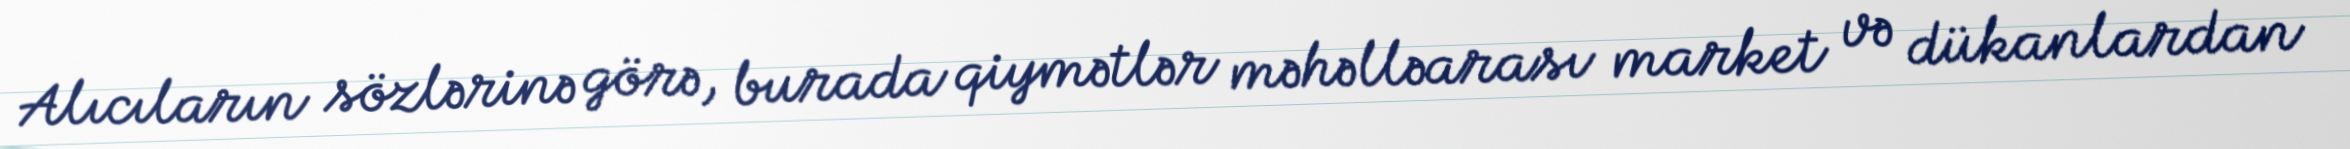
Alıcıların sözlərinə görə, burada qiymətlər məhəlləarası market və dükanlardan